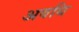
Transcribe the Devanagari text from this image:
अवधि